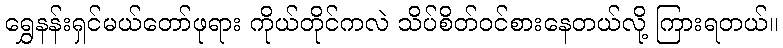
ရွှေနန်းရှင်မယ်တော်ဖုရား ကိုယ်တိုင်ကလဲ သိပ်စိတ်ဝင်စားနေတယ်လို့ ကြားရတယ်။